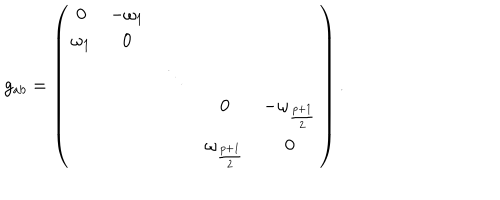
LaTeX: g _ { a b } = \left( \begin{array} { c c c c c } { { 0 } } & { { - \omega _ { 1 } } } & { { } } & { { } } & { { } } \\ { { \omega _ { 1 } } } & { { 0 } } & { { } } & { { } } & { { } } \\ { { } } & { { } } & { { \ddots } } & { { } } & { { } } \\ { { } } & { { } } & { { } } & { { 0 } } & { { - \omega _ { \frac { p + 1 } { 2 } } } } \\ { { } } & { { } } & { { } } & { { \omega _ { \frac { p + 1 } { 2 } } } } & { { 0 } } \\ \end{array} \right) .